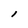
Character: i